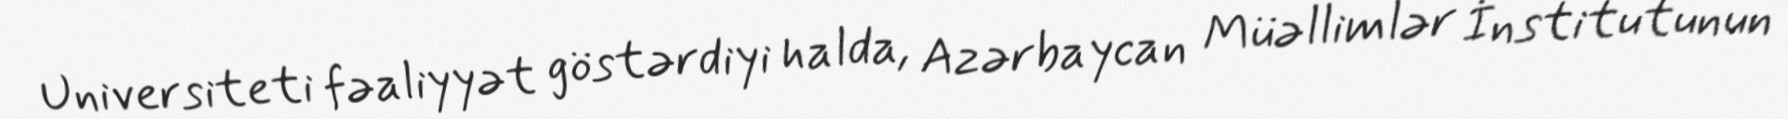
Universiteti fəaliyyət göstərdiyi halda, Azərbaycan Müəllimlər İnstitutunun